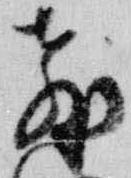
教